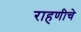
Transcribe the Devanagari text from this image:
राहणीचे